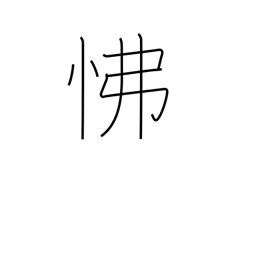
Meaning: anger